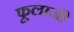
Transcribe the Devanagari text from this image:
फूलाजी